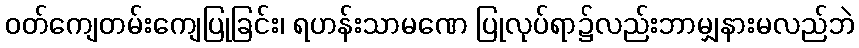
ဝတ်ကျေတမ်းကျေပြုခြင်း၊ ရဟန်းသာမဏေ ပြုလုပ်ရာ၌လည်းဘာမျှနားမလည်ဘဲ